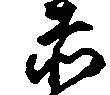
赤